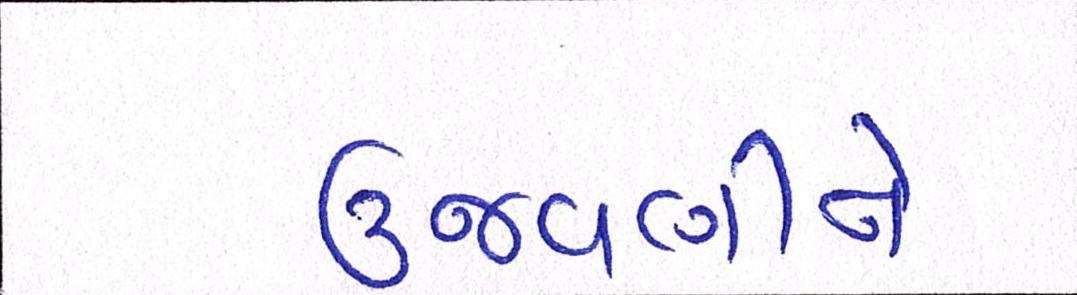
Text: ઉજવણીને